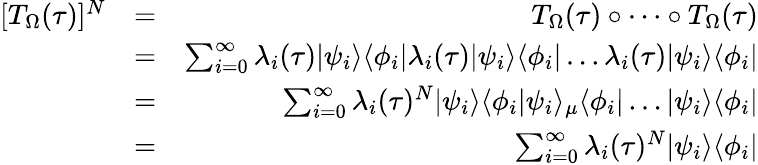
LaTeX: \begin{array}{rlr}{[T_{\Omega}(\tau)]^{N}}&{=}&{T_{\Omega}(\tau)\circ\dots\circ T_{\Omega}(\tau)}\\ &{=}&{\sum_{i=0}^{\infty}\lambda_{i}(\tau)|\psi_{i}\rangle\langle\phi_{i}|\lambda_{i}(\tau)|\psi_{i}\rangle\langle\phi_{i}|\dots\lambda_{i}(\tau)|\psi_{i}\rangle\langle\phi_{i}|}\\ &{=}&{\sum_{i=0}^{\infty}\lambda_{i}(\tau)^{N}|\psi_{i}\rangle\langle\phi_{i}|\psi_{i}\rangle_{\mu}\langle\phi_{i}|\dots|\psi_{i}\rangle\langle\phi_{i}|}\\ &{=}&{\sum_{i=0}^{\infty}\lambda_{i}(\tau)^{N}|\psi_{i}\rangle\langle\phi_{i}|}\end{array}